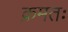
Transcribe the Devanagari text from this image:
क्रमतः